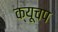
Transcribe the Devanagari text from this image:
क्यूचप